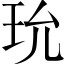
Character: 玧